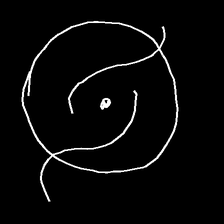
Glyph: repetition